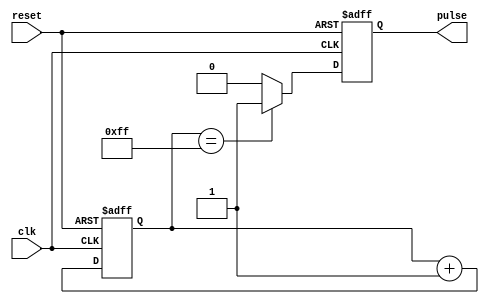
module synchronous_pulse_generator(
    input wire clk,
    input wire reset,
    output reg pulse
);

reg [7:0] count;

always @(posedge clk or posedge reset) begin
    if (reset) begin
        count <= 8'b0;
        pulse <= 1'b0;
    end else begin
        count <= count + 1;
        pulse <= (count == 8'b11111111) ? 1'b1 : 1'b0;
    end
end

endmodule